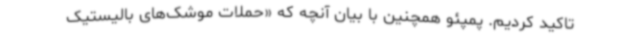
تاکید کردیم. پمپئو همچنین با بیان آنچه که «حملات موشک‌های بالیستیک